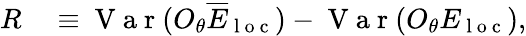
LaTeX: \begin{array}{rl}{R}&{{}\equiv\mathrm{~V~a~r~}(O_{\theta}\overline{{E}}_{\mathrm{~l~o~c~}})-\mathrm{~V~a~r~}(O_{\theta}E_{\mathrm{~l~o~c~}}),}\end{array}